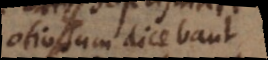
otiosum dicebant.